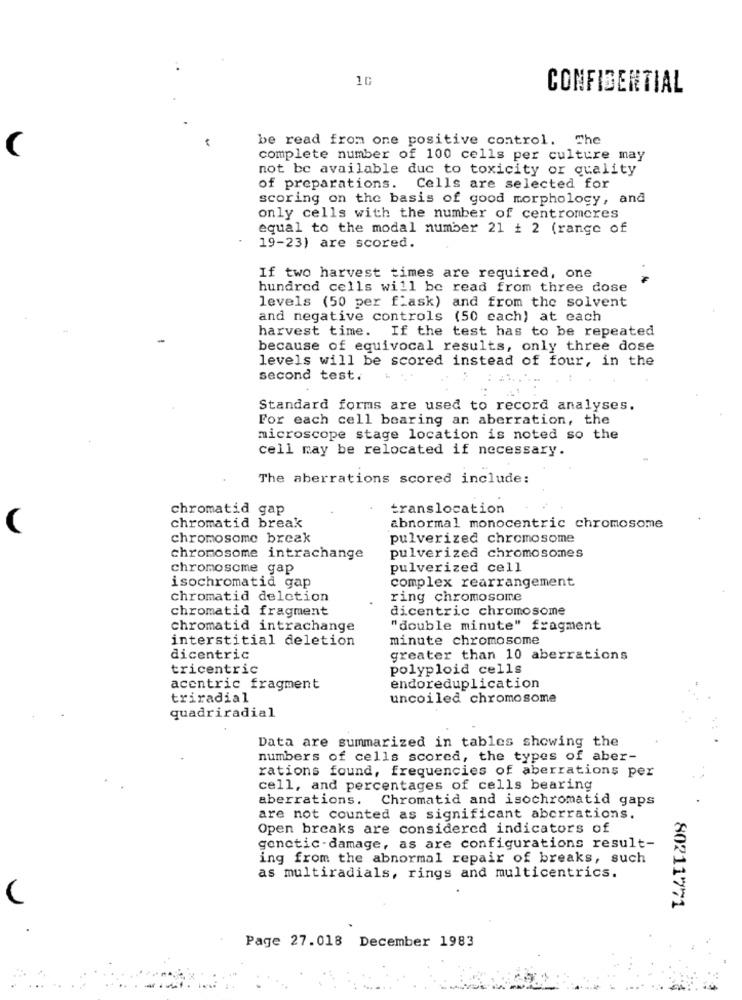
10
CONFIDENTIAL
be read from one positive control. The
complete number of 100 cells per culture may
not be available duc to toxicity or quality
of preparations. Cells are selected for
scoring on the basis of good morphology, and
only cells with the number of centromeres
equal to the modal number 21 # 2 (range of
19-23) are scored.
If two harvest times are required, one
hundred cells will be read from three dose
levels (50 per fiask) and from the solvent
and negative controls (50 cach) at each
harvest time. If the test has to be repeated
because of equivocal results, only three dose
levels will be scored instead of four, in the
second test.
Standard forms are used to record analyses.
For each cell bearing an aberration, the
microscope stage location is noted so the
cell may be relocated if necessary.
The aberrations scored include:
chromatid gap
translocation
chromatid break
abnormal monocentric chromosome
chromosome break
pulverized chromosome
chromosome intrachange
pulverized chromosomes
chromosome gap
pulverized cell
complex rearrangement
isochromatid gap
chromatid delction
ring chromosome
chromatid fragment
dicentric chromosome
chromatid intrachange
"double minute" fragment
interstitial deletion
minute chromosome
dicentric
greater than 10 aberrations
tricentric
polyploid cells
acentric fragment
endoreduplication
triradial
uncoiled chromosome
quadriradial
Data are summarized in tables showing the
numbers of cells scored, the types of aber-
rations found, frequencies of aberrations per
cell, and percentages of cells bearing
aberrations. Chromatid and isochromatid gaps
are not counted as significant aberrations.
Open breaks are considered indicators of
genetic -damage, as are configurations result-
ing from the abnormal repair of breaks, such
as multiradials, rings and multicentrics.
80211771
Page 27.018 December 1983